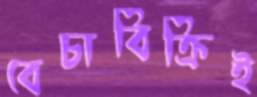
বেচাবিক্রিই